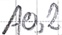
Text: A0,2